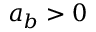
a _ { b } > 0